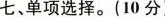
七、单项选择.(10分)